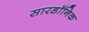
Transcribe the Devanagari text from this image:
सारडॉनिक